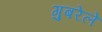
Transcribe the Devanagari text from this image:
गुबरेले